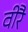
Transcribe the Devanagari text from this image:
वीरै